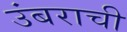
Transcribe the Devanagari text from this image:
उंबराची